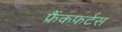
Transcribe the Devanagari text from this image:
फ्रैंकफर्टस